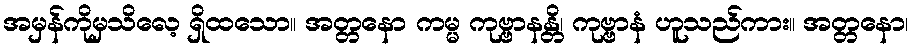
အမှန်ကိုမှသိလေ့ ရှိထသော။ အတ္တနော ကမ္မ ကုဗ္ဗာနန္တိ၊ ကုဗ္ဗာနံ ဟူသည်ကား။ အတ္တနော၊